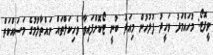
ވީފޮޓޯ: މުހައްމަދު ވަހީދު ފުލުހުން މިއަދު ބުނީ ޓޯކޮށްފައިވާ ވެހިކަލްތައް ނައްތާލުމުގެ މަސައްކަތް